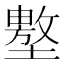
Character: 𰊲